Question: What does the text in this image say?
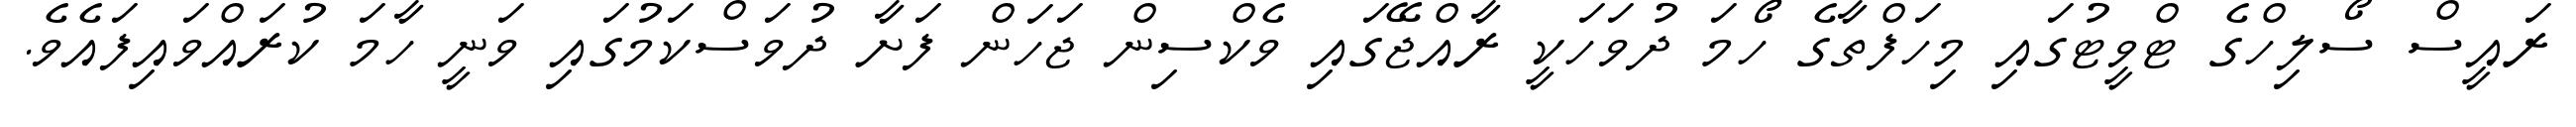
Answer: ރައީސް ސޯލިހްގެ ޓްވީޓުގައި މިހަފްތާގެ ހޯމަ ދުވަހަކީ ރާއްޖޭގައި ވެކްސިން ޖަހަން ފަށާ ދުވަސްކަމުގައި ވަނީ ހާމަ ކުރައްވައިފައެވެ.